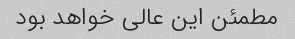
مطمئن این عالی خواهد بود